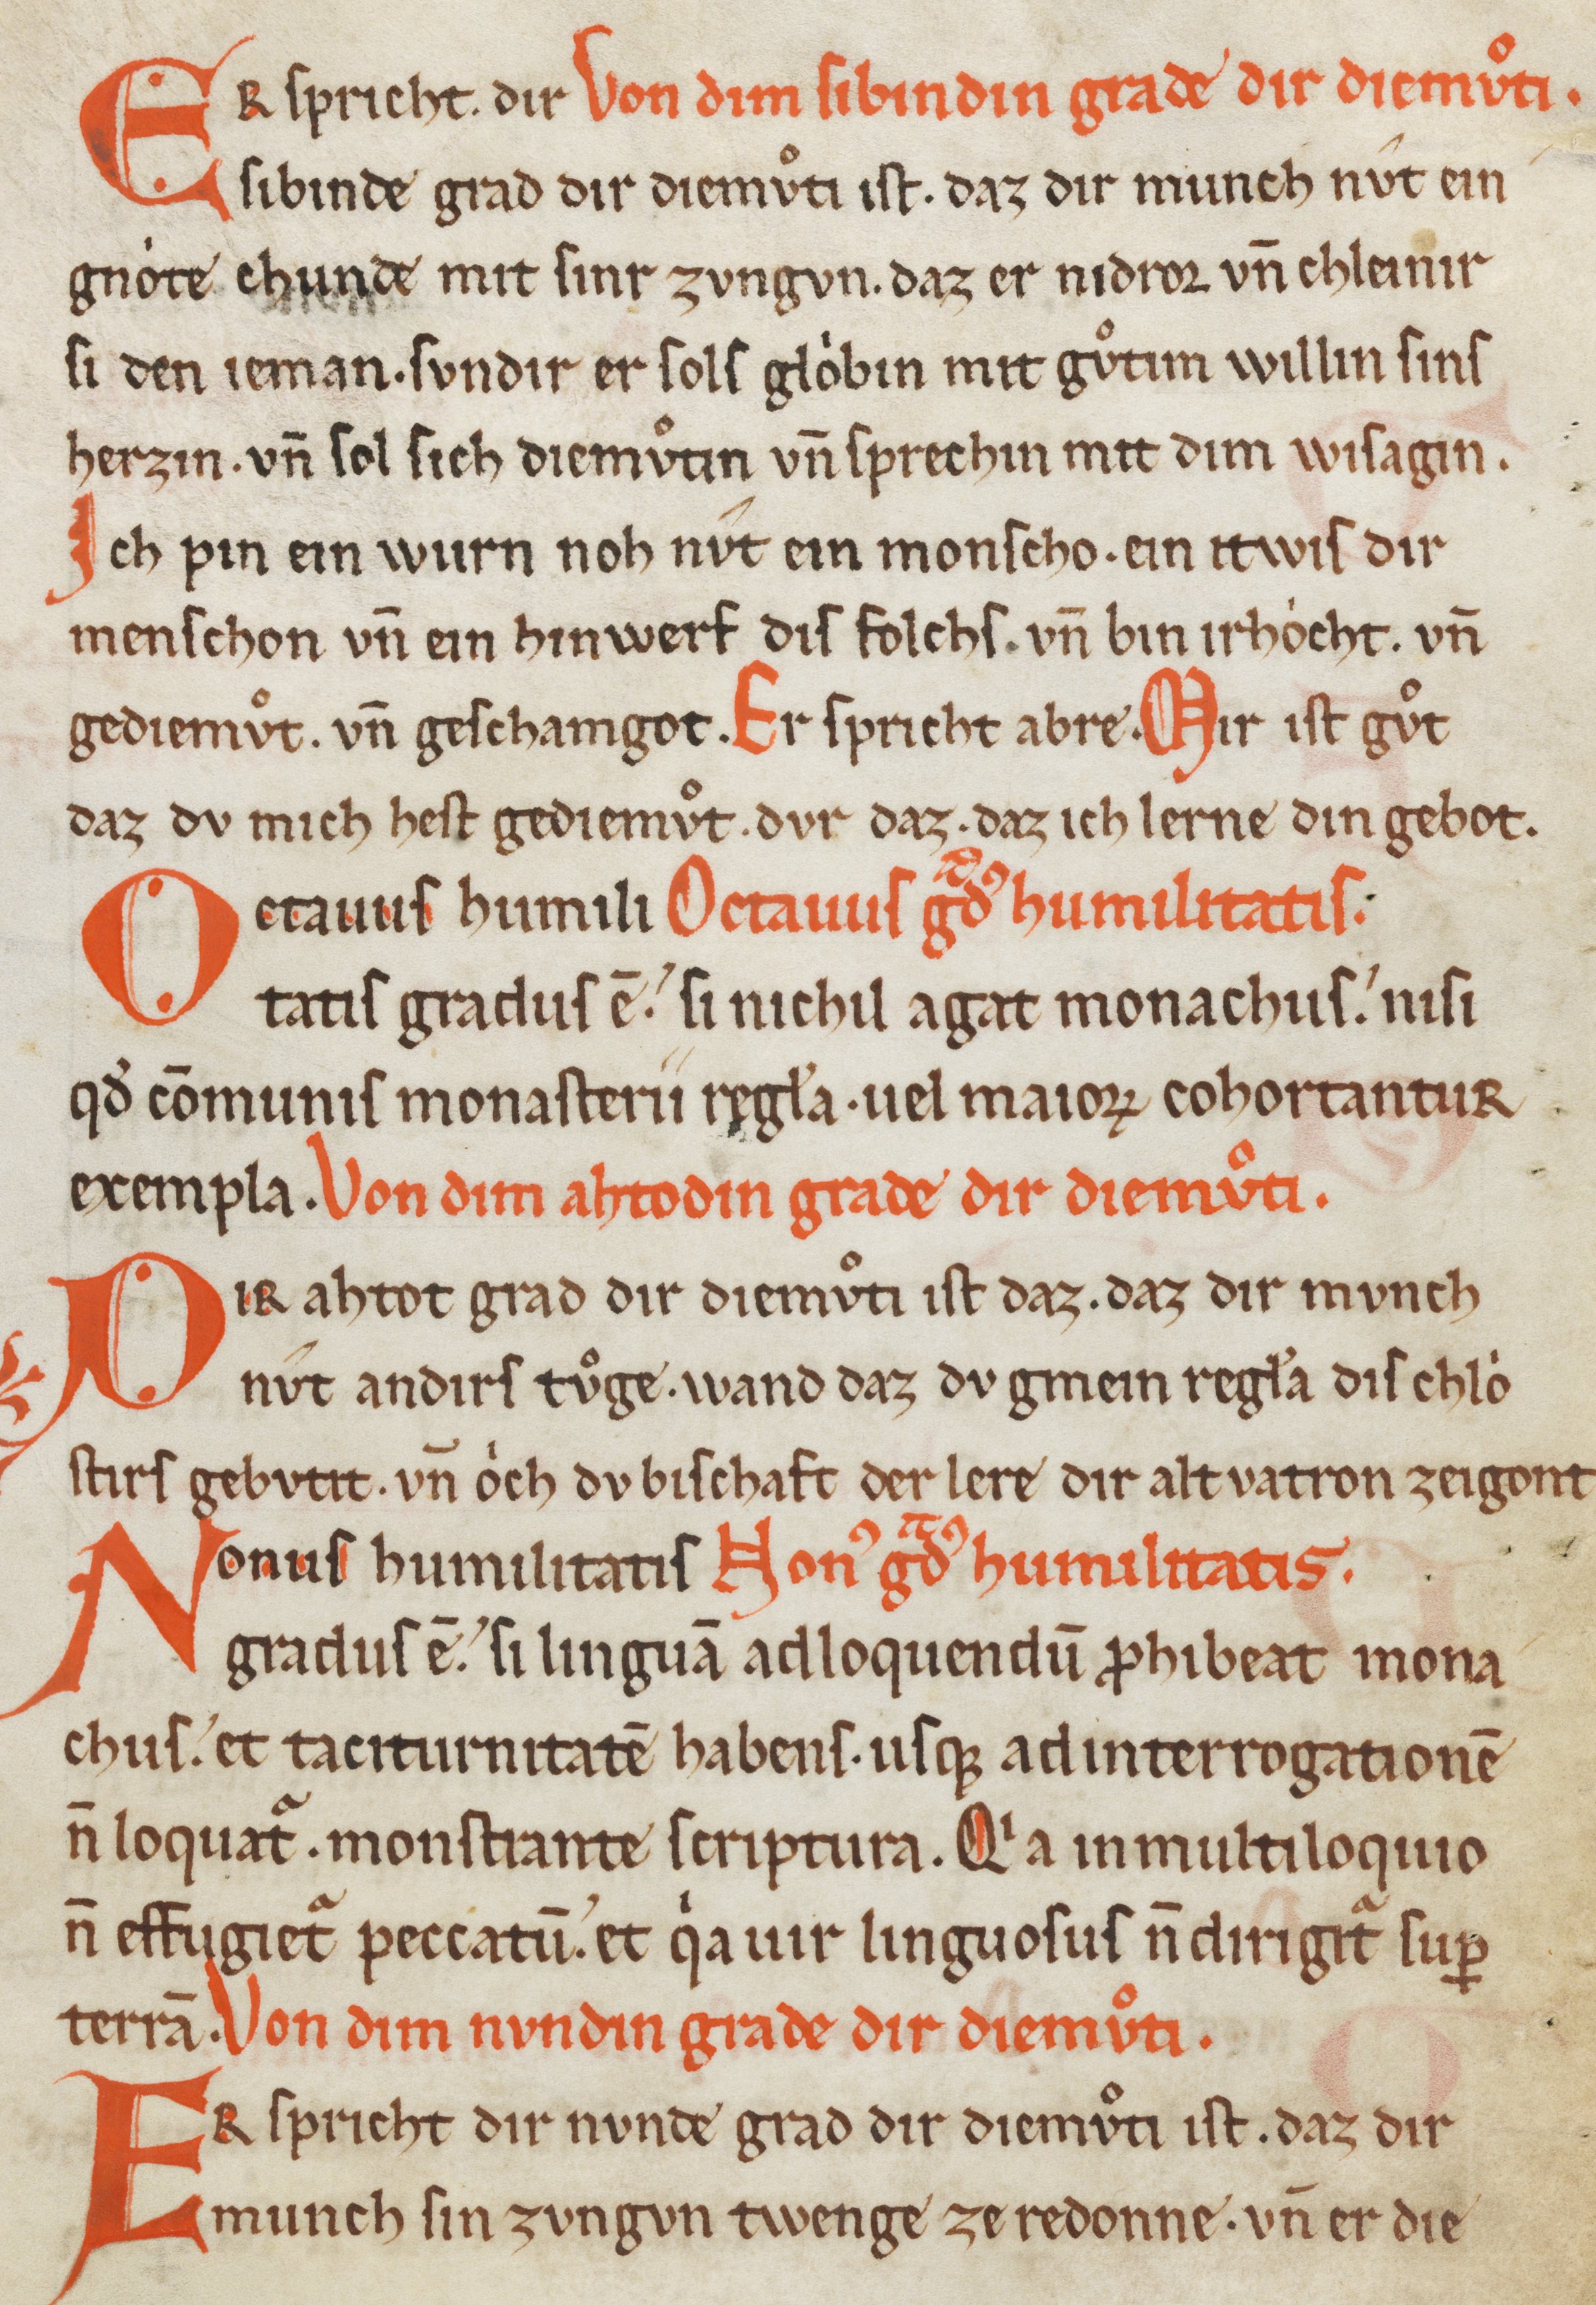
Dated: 1200–1299